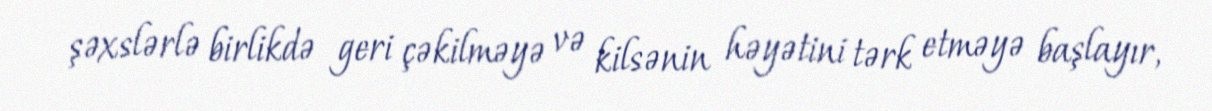
şəxslərlə birlikdə geri çəkilməyə və kilsənin həyətini tərk etməyə başlayır,